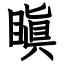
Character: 瞋